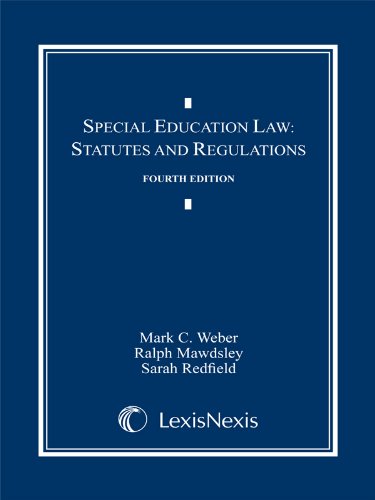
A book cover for Special Education Law: Statutes and Regulations, Document Supplement; Mark C. Weber; Law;